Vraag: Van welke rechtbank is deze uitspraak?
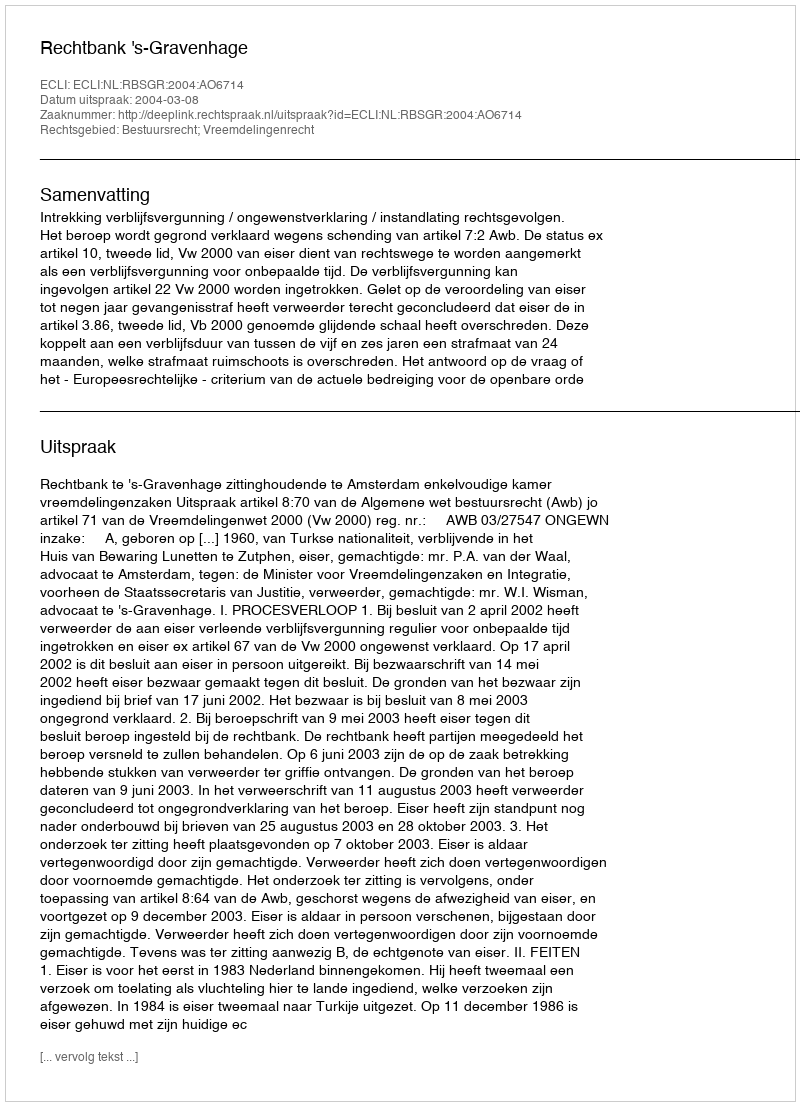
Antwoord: Rechtbank 's-Gravenhage